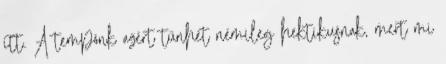
itt. A tempónk azért tűnhet némileg hektikusnak, mert mi